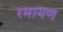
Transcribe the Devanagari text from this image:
रमायण